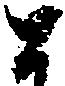
と